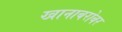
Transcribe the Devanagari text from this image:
खानाबरोबर